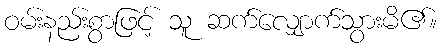
ဝမ်းနည်းစွာဖြင့် သူ ဆက်လျှောက်သွားမိ၏။